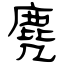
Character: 麂